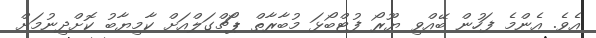
އެވެ. އެންމެ ފަހުން ބޭއްވި ޔޫރޯ ފުޓްބޯޅަ މުބާރާތް ޕޯޗްގަލްއަށް ކާމިޔާބު ކޮށްދިނުމަށް